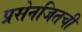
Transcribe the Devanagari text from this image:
प्रसेनजितची